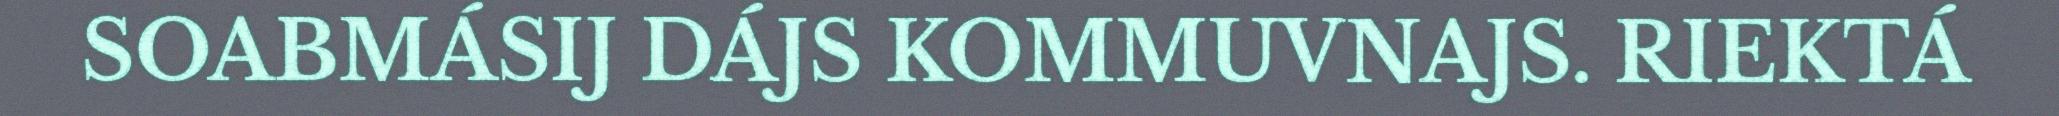
SOABMÁSIJ DÁJS KOMMUVNAJS. RIEKTÁ